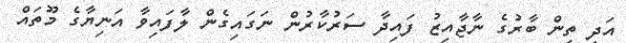
އަދި ތިން ބާރުގެ ނާޖާއިޒު ފައިދާ ސަރުކާރުން ނަގައިގެން ލާފައިވާ އަނިޔާގެ މޫތައް